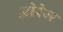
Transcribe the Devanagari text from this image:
ओरेज